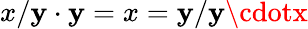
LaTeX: x/\mathbf{y}\cdot\mathbf{y}=x=\mathbf{y}/\mathbf{y}\cdotx